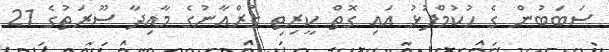
ސަބަބުން ގެ ހުކުމްފުޅު އައި ގޮތް ކީރިތި ޤުރްއާނުގެ މާއިދާ ސޫރަތުގެ 21